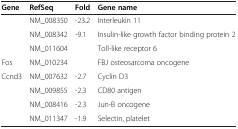
<table><thead><tr><td><b>Gene</b></td><td><b>RefSeq</b></td><td><b>Fold</b></td><td><b>Gene name</b></td></tr></thead><tbody><tr><td>[EMPTY_CELL]</td><td>NM_008350</td><td>-23.2</td><td>Interleukin 11</td></tr><tr><td>[EMPTY_CELL]</td><td>NM_008342</td><td>-9.1</td><td>Insulin-like growth factor binding protein 2</td></tr><tr><td>[EMPTY_CELL]</td><td>NM_011604</td><td>[EMPTY_CELL]</td><td>Toll-like receptor 6</td></tr><tr><td>Fos</td><td>NM_010234</td><td>[EMPTY_CELL]</td><td>FBJ osteosarcoma oncogene</td></tr><tr><td>Ccnd3</td><td>NM_007632</td><td>-2.7</td><td>Cyclin D3</td></tr><tr><td>[EMPTY_CELL]</td><td>NM_009855</td><td>-2.3</td><td>CD80 antigen</td></tr><tr><td>[EMPTY_CELL]</td><td>NM_008416</td><td>-2.3</td><td>Jun-B oncogene</td></tr><tr><td>[EMPTY_CELL]</td><td>NM_011347</td><td>-1.9</td><td>Selectin, platelet</td></tr></tbody></table>